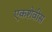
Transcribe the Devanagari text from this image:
एकशेवीस